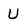
Character: U